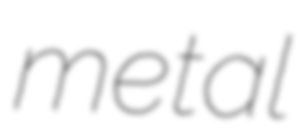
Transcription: metal